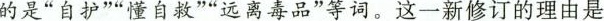
的是”自护””懂自救””远离毒品”等词。这一新修订的理由是